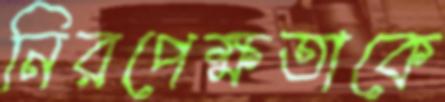
নিরপেক্ষতাকে